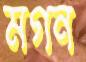
মগন